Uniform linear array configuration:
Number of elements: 32
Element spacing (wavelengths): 0.75
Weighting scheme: uniform
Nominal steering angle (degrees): -60
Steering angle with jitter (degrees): -59.72
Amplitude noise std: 0.05
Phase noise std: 0.05

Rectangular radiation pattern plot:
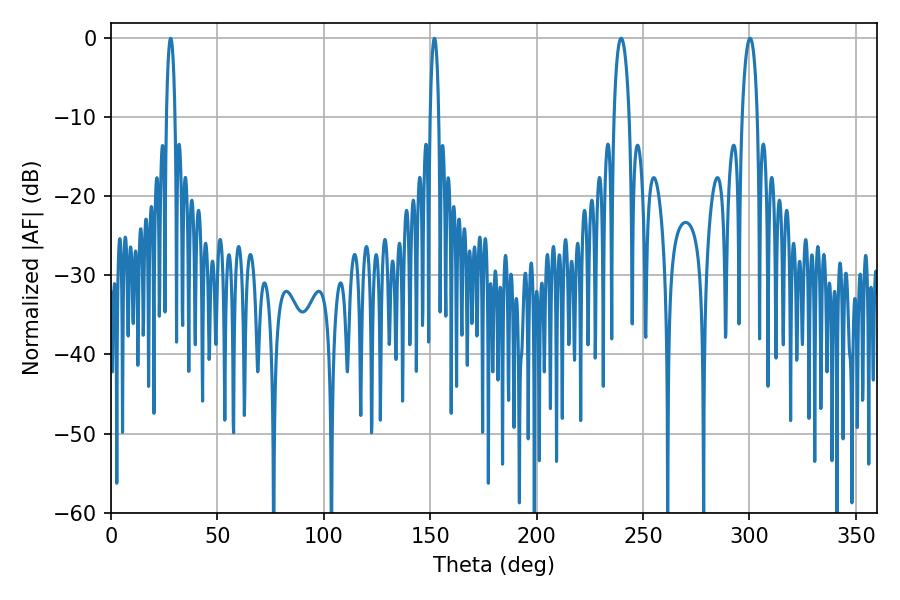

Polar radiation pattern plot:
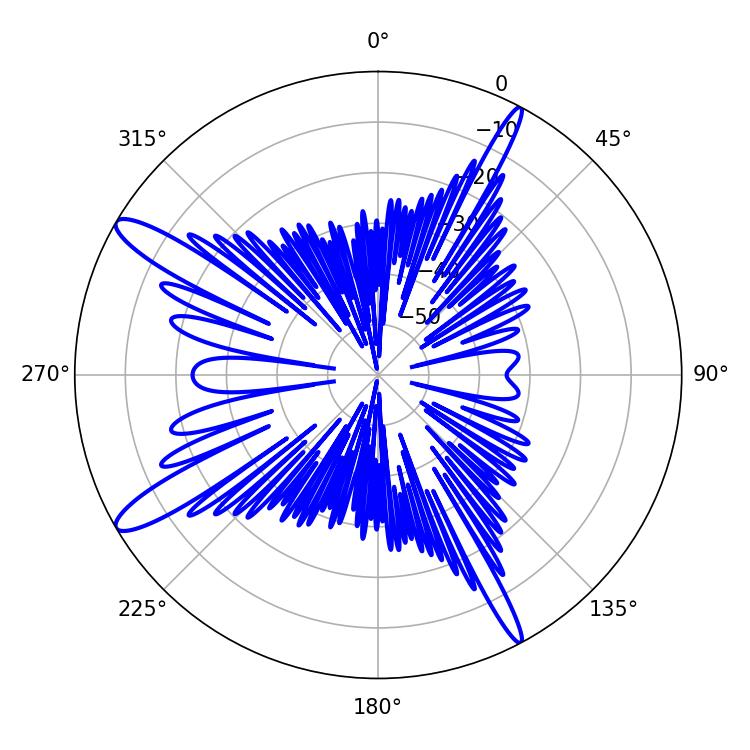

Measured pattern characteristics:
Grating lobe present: TRUE
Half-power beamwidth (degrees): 3.96
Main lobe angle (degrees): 239.76